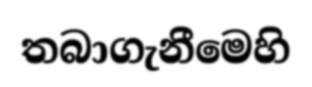
තබාගැනීමෙහි